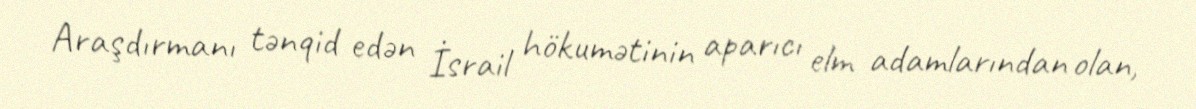
Araşdırmanı tənqid edən İsrail hökumətinin aparıcı elm adamlarından olan,